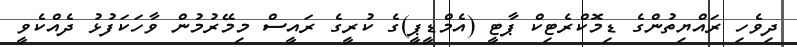
ދިވެހި ރައްޔިތުންގެ ޑިމޮކްރެޓިކް ޕާޓީ (އެމްޑީޕީ)ގެ ކުރީގެ ރައީސް މިމޭރުމުން ވާހަކަފުޅު ދެއްކެވީ